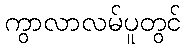
ကွာလာလမ်ပူတွင်